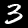
Digit: 3